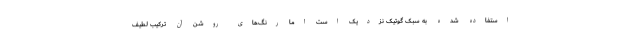
استفاده شده به سبک گوتیک نزدیک است اما رنگ‌های روشن آن ترکیب‌ لطیف